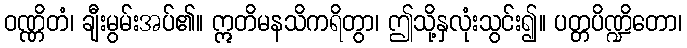
ဝဏ္ဏိတံ၊ ချီးမွမ်းအပ်၏။ ဣတိမနသိကရိတွာ၊ ဤသို့နှလုံးသွင်း၍။ ပတ္တပိဏ္ဍိတော၊